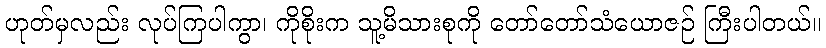
ဟုတ်မှလည်း လုပ်ကြပါကွာ၊ ကိုစိုးက သူ့မိသားစုကို တော်တော်သံယောဇဉ် ကြီးပါတယ်။